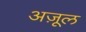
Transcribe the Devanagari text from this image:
अज़ूल